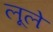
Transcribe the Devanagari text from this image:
लूले